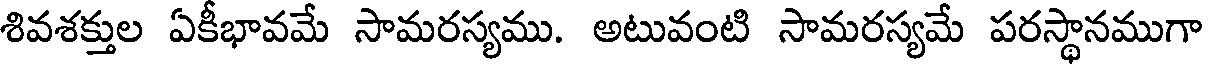
శివశక్తుల ఏకీభావమే సామరస్యము. అటువంటి సామరస్యమే పరస్థానముగా